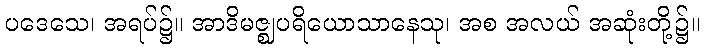
ပဒေသေ၊ အရပ်၌။ အာဒိမဇ္ဈပရိယောသာနေသု၊ အစ အလယ် အဆုံးတို့၌။